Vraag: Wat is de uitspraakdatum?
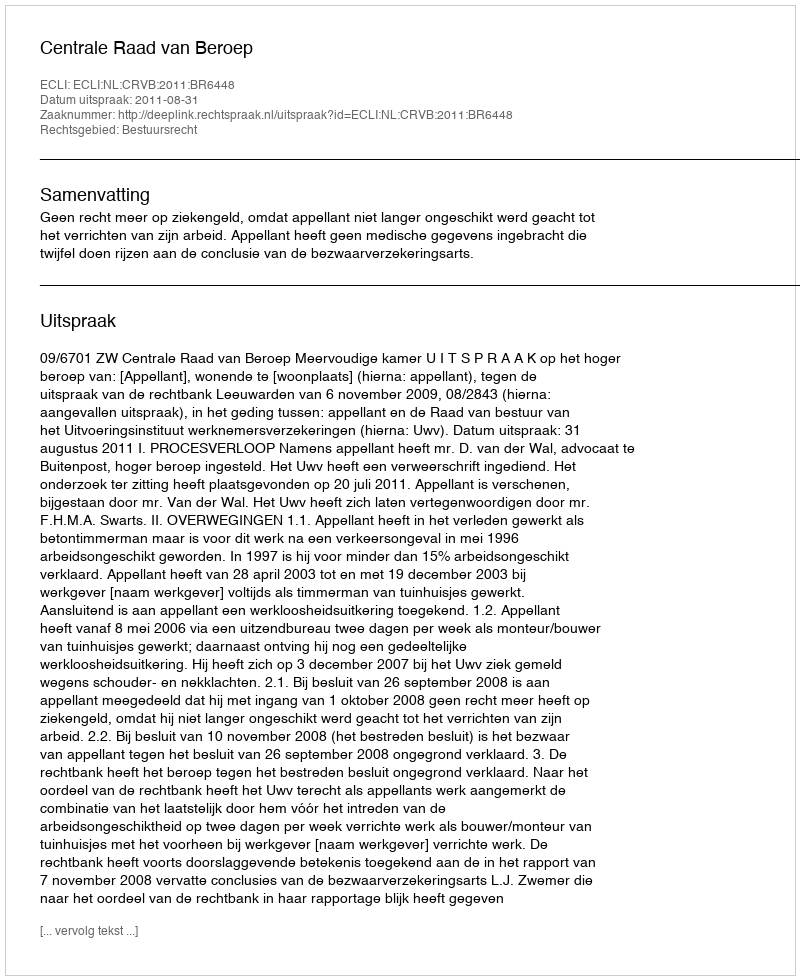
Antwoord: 2011-08-31